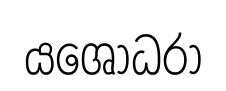
යශෝධරා